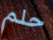
حلم